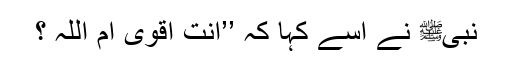
نبیﷺ نے اسے کہا کہ ’’اَنْتَ اَقْوَی اَمِ اللّٰہُ ؟